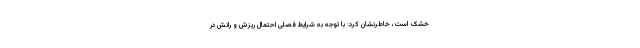
خشک است، خاطرنشان کرد: با توجه به شرایط فصلی احتمال ریزش و رانش در